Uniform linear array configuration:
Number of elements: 8
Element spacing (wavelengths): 0.75
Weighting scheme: hamming
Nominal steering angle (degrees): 30
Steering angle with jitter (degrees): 31.99
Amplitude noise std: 0.05
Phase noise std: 0.05

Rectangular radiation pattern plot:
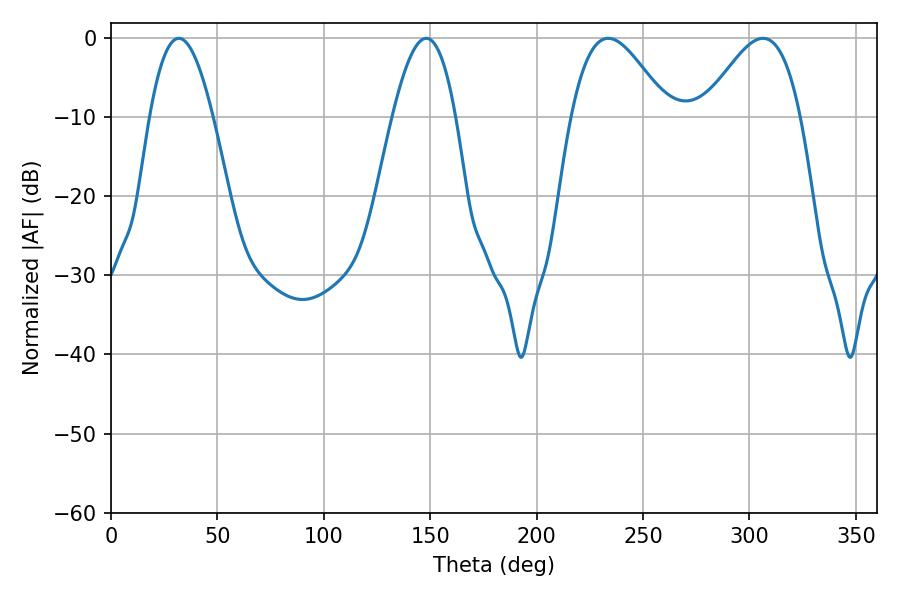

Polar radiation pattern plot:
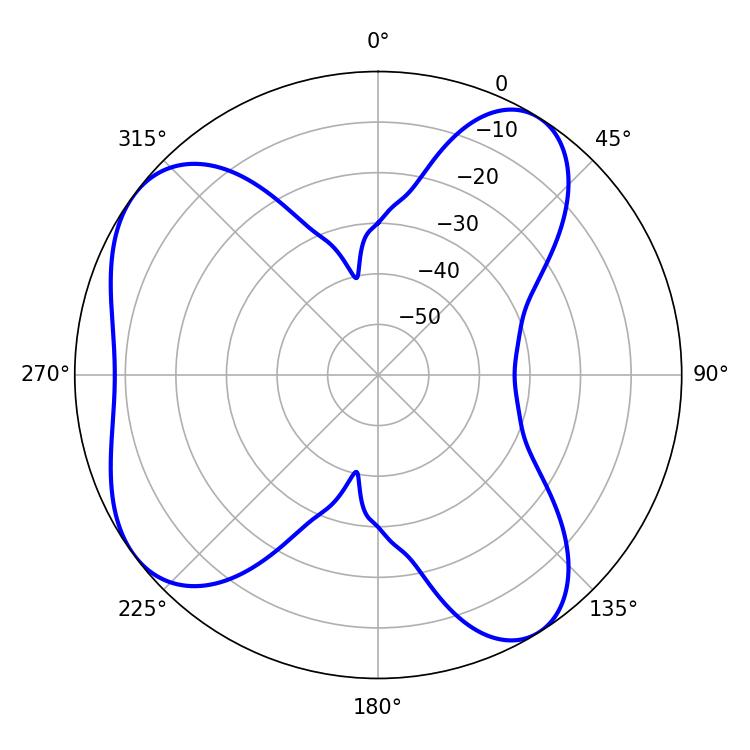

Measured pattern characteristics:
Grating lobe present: TRUE
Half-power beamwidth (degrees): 16.2
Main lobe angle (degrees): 31.86